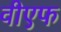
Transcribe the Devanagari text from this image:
वीएफ